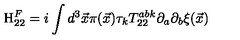
\mathrm { H } _ { 2 2 } ^ { F } = i \int d ^ { 3 } { \vec { x } } \pi ( { \vec { x } } ) \tau _ { k } T _ { 2 2 } ^ { a b k } \partial _ { a } \partial _ { b } { \xi } ( \vec { x } )